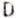
D